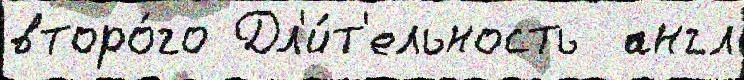
второ́го Дл'и́т'ельность  англ